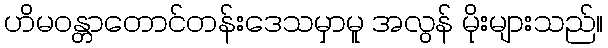
ဟိမဝန္တာတောင်တန်းဒေသမှာမူ အလွန် မိုးများသည်။